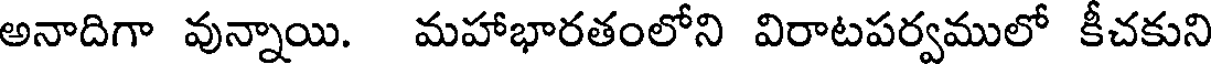
అనాదిగా వున్నాయి. మహాభారతంలోని విరాటపర్వములో కీచకుని